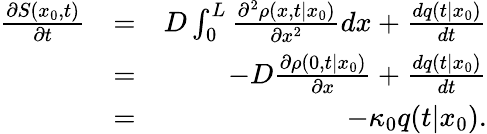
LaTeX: \begin{array}{rlr}{\frac{\partial S(x_{0},t)}{\partial t}}&{=}&{D\int_{0}^{L}\frac{\partial^{2}\rho(x,t|x_{0})}{\partial x^{2}}dx+\frac{dq(t|x_{0})}{dt}}\\ &{=}&{-D\frac{\partial\rho(0,t|x_{0})}{\partial x}+\frac{dq(t|x_{0})}{dt}}\\ &{=}&{-\kappa_{0}q(t|x_{0}).}\end{array}